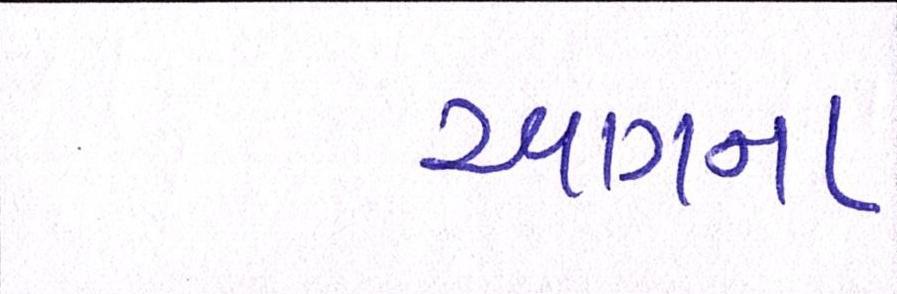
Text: આગના